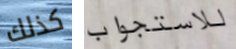
كذلك للاستجواب